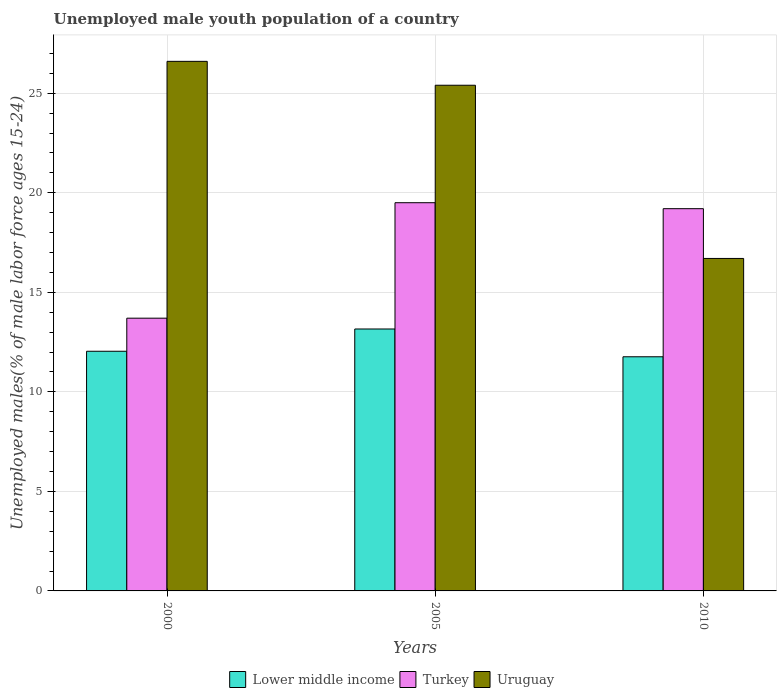
| Years | Lower middle income | Turkey | Uruguay |
 | --- | --- | --- | --- |
 | 2000 | 12 | 13.7 | 26.6 |
 | 2005 | 13.2 | 19.5 | 25.4 |
 | 2010 | 11.8 | 19.2 | 16.7 |